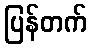
ပြန်တက်